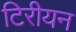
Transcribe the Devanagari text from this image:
टिरीयन